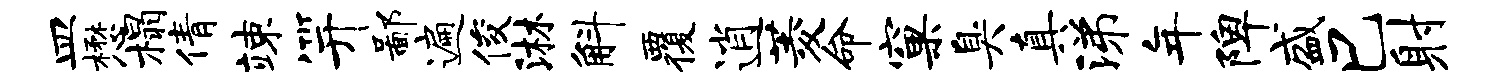
皿懋榻倩竦笄鄙遍俊淋斛覆逍菱命窠臭真涕年陴盛巳射